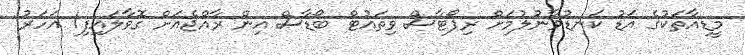
މީޑިއާތަކުގެ އަޑު ކަނޑުވާނުލުމަށް ރިޕޯޓާސް ވިތައުޓް ބޯޑާސް އިން ރާއްޖެއަށް ގޮވާލައިފި1 އަހަރު